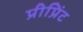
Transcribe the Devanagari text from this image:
प्रीप्रिंट